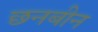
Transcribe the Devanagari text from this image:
छनबीन